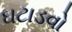
ઘટાડવો